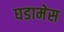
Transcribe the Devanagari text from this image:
घडामेस